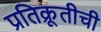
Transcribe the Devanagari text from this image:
प्रतिक्रूतीची